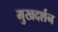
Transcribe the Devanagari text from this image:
मुखदर्शन